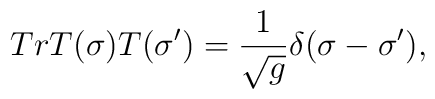
Tr T(\sigma)T(\sigma')=\frac{1}{\sqrt g}\delta(\sigma-\sigma'),